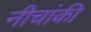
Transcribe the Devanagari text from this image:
नीचांकी